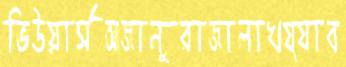
ভিউয়ার্সআজানুরাজালাখয্যাব